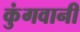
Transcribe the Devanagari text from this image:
कुंगवानी